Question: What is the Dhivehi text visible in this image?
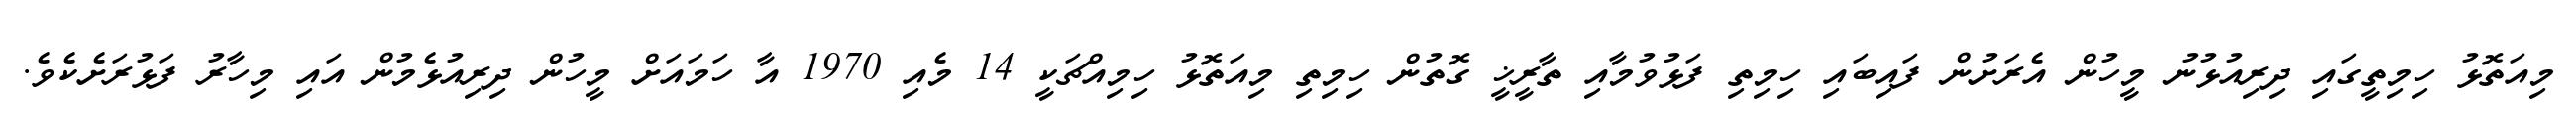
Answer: މިއަތޮޅު ހިމިތީގައި ދިރިއުޅުނު މީހުން އެރަށުން ފައިބައި ހިމިތި ފަޅުވުމާއި ތާރީޚީ ގޮތުން ހިމިތި މިއަތޮޅު ހިމިއްޗަކީ 14 މެއި 1970 އާ ހަމައަށް މީހުން ދިރިއުޅެމުން އައި މިހާރު ފަޅުރަށެކެވެ.